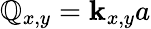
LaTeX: \mathbb{Q}_{x,y}=\mathbf{k}_{x,y}a